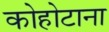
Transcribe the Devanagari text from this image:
कोहोटाना